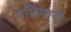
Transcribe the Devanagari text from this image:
पछिमानी